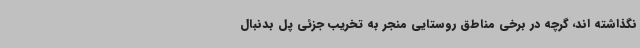
نگذاشته اند، گرچه در برخی مناطق روستایی منجر به تخریب جزئی پل بدنبال